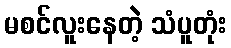
မစင်လူးနေတဲ့ သံပူတုံး